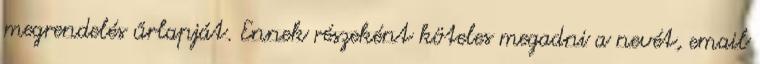
megrendelés űrlapját. Ennek részeként köteles megadni a nevét, email